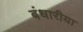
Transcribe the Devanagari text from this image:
बंधारीया